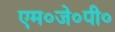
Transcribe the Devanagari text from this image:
एम०जे०पी०